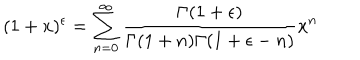
( 1 + x ) ^ { \epsilon } = \sum _ { n = 0 } ^ { \infty } \frac { \Gamma ( 1 + \epsilon ) } { \Gamma ( 1 + n ) \Gamma ( 1 + \epsilon - n ) } x ^ { n }